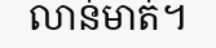
លាន់មាត់។